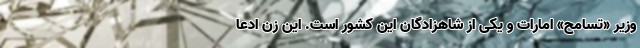
وزیر «تسامح» امارات و یکی از شاهزادگان این کشور است. این زن ادعا